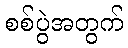
စစ်ပွဲအတွက်